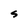
Character: S